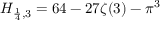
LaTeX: H _ { { \frac { 1 } { 4 } } , 3 } = 6 4 - 2 7 \zeta ( 3 ) - \pi ^ { 3 }